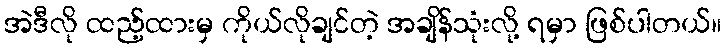
အဲဒီလို ထည့်ထားမှ ကိုယ်လိုချင်တဲ့ အချိန်သုံးလို့ ရမှာ ဖြစ်ပါတယ်။